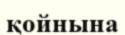
қойнына